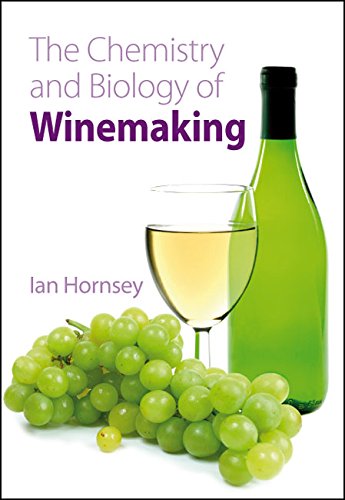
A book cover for The Chemistry and Biology of Winemaking: RSC; Ian S Hornsey; Cookbooks, Food & Wine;